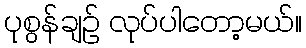
ပုစွန်ချဉ် လုပ်ပါတော့မယ်။